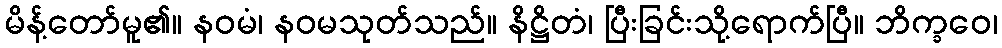
မိန့်တော်မူ၏။ နဝမံ၊ နဝမသုတ်သည်။ နိဋ္ဌိတံ၊ ပြီးခြင်းသို့ရောက်ပြီ။ ဘိက္ခဝေ၊